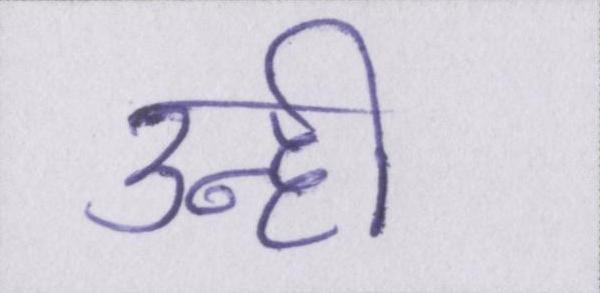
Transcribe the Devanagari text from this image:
उन्ही